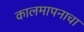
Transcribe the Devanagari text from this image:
कालमापनाचा